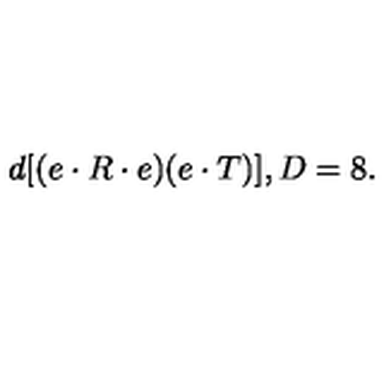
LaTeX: d [ ( e \cdot R \cdot e ) ( e \cdot T ) ] , D = 8 .